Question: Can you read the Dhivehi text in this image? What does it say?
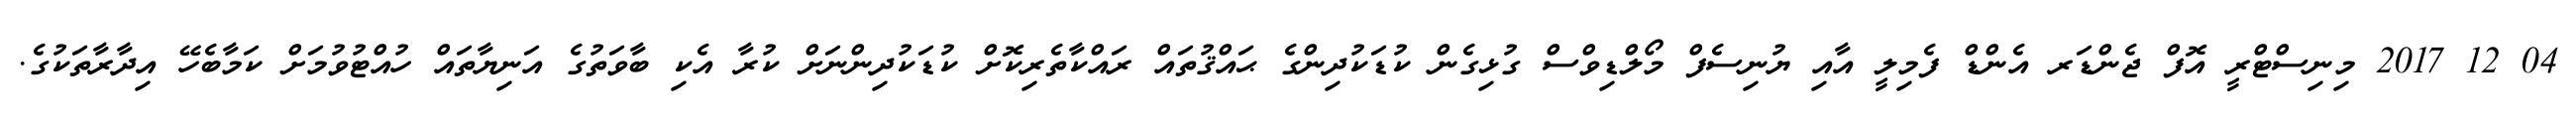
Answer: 04 12 2017 މިނިސްޓްރީ އޮފް ޖެންޑަރ އެންޑް ފެމިލީ އާއި ޔުނިސެފް މޯލްޑިވްސް ގުޅިގެން ކުޑަކުދިންގެ ޙައްޤުތައް ރައްކާތެރިކޮށް ކުޑަކުދިންނަށް ކުރާ އެކި ބާވަތުގެ އަނިޔާތައް ހުއްޓުވުމަށް ކަމާބެހޭ އިދާރާތަކުގެ.